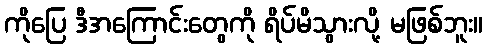
ကိုပြေ ဒီအကြောင်းတွေကို ရိပ်မိသွားလို့ မဖြစ်ဘူး။